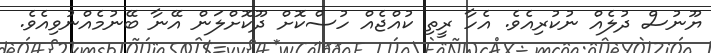
ޔޫނުސް ދުލެއް ނުކުރިއެވެ. އެހާ ރީތި ކުއްޖެއް ހުސްކޮށް ދޫކޮށްލަން އޭނާ ބޭނުމެއްނުވިއެވެ.